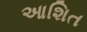
આશિત